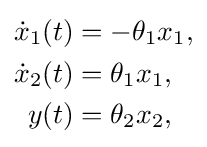
{\begin{aligned}{\dot {x}}_{1}(t)&=-\theta _{1}x_{1},\\{\dot {x}}_{2}(t)&=\theta _{1}x_{1},\\y(t)&=\theta _{2}x_{2},\end{aligned}}